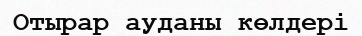
Отырар ауданы көлдері